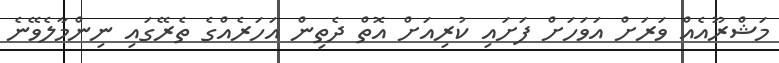
މަޝްރޫއެއް ވަރަށް އަވަހަށް ފަށައި ކުރިއަށް އޮތް ދެތިން އަހަރެއްގެ ތެރޭގައި ނިންމާލެވޭނެ